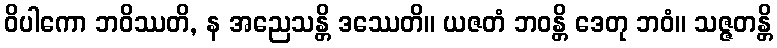
ဝိပါကော ဘဝိဿတိ, န အညေသန္တိ ဒဿေတိ။ ယဇတံ ဘဝန္တိ ဒေတု ဘဝံ။ သဇ္ဇတန္တိ